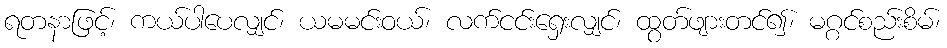
ရတနာဖြင့်၊ ကယ်ပါပေလျှင်၊ ယမမင်းဝယ်၊ လက်ငင်းရှေးလျှင်၊ ထွတ်ဖျားတင်၍၊ မဂ္ဂင်စည်းစိမ်၊